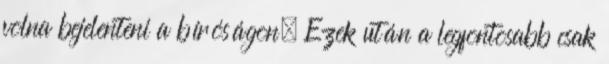
volna bejelenteni a bíróságon. Ezek után a legfontosabb csak